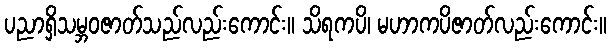
ပညာရှိသမ္ဘဝဇာတ်သည်လည်းကောင်း။ သိရကပိ၊ မဟာကပိဇာတ်လည်းကောင်း။